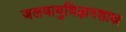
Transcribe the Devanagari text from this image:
जलवायुविज्ञानशास्र